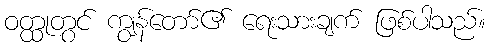
ဝတ္ထုတွင် ကျွန်တော်၏ ရေးသားချက် ဖြစ်ပါသည်။